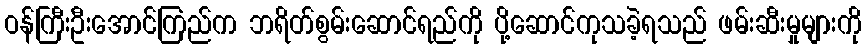
ဝန်ကြီးဦးအောင်ကြည်က ဘရိတ်စွမ်းဆောင်ရည်ကို ပို့ဆောင်ကုသခဲ့ရသည် ဖမ်းဆီးမှုများကို